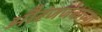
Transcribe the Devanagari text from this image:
औरंजजेबाच्या